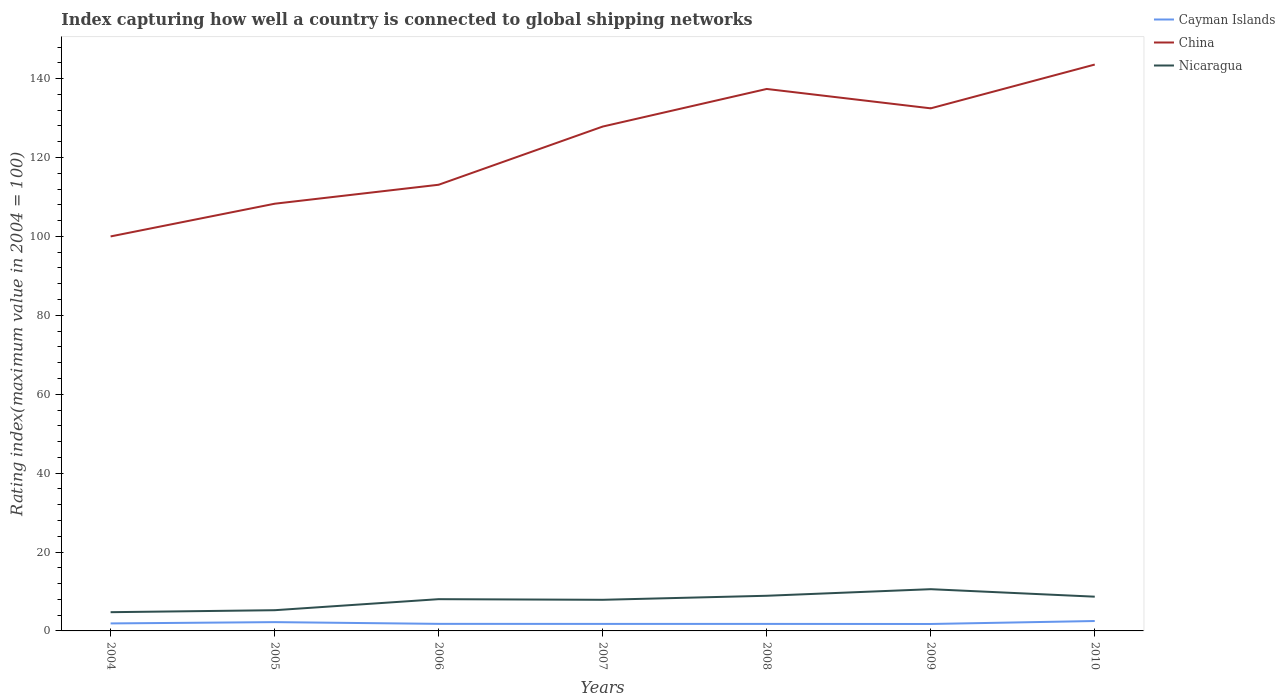
| Years | Cayman Islands | China | Nicaragua |
 | --- | --- | --- | --- |
 | 2004 | 1.9 | 100 | 4.75 |
 | 2005 | 2.23 | 108 | 5.25 |
 | 2006 | 1.79 | 113 | 8.05 |
 | 2007 | 1.78 | 128 | 7.89 |
 | 2008 | 1.78 | 137 | 8.91 |
 | 2009 | 1.76 | 132 | 10.6 |
 | 2010 | 2.51 | 144 | 8.68 |